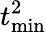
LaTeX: t_{\mathrm{min}}^{2}